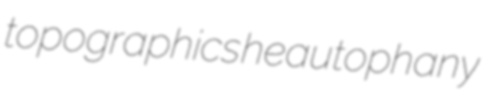
topographics heautophany